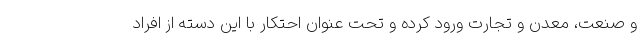
و صنعت، معدن و تجارت ورود کرده و تحت عنوان احتکار با این دسته از افراد